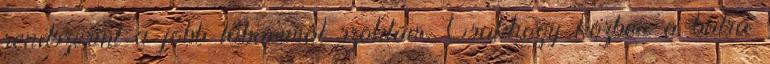
rendszerint a jobb lábammal szoktam. Csakhogy közben a balra